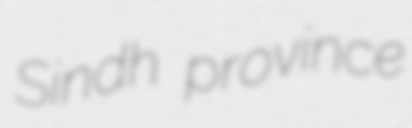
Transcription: Sindh province